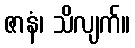
ဇာနံ၊ သိလျက်။